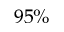
9 5 \%